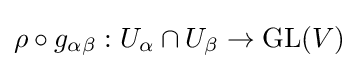
\rho \circ g_{\alpha \beta }:U_{\alpha }\cap U_{\beta }\to \operatorname {GL} (V)